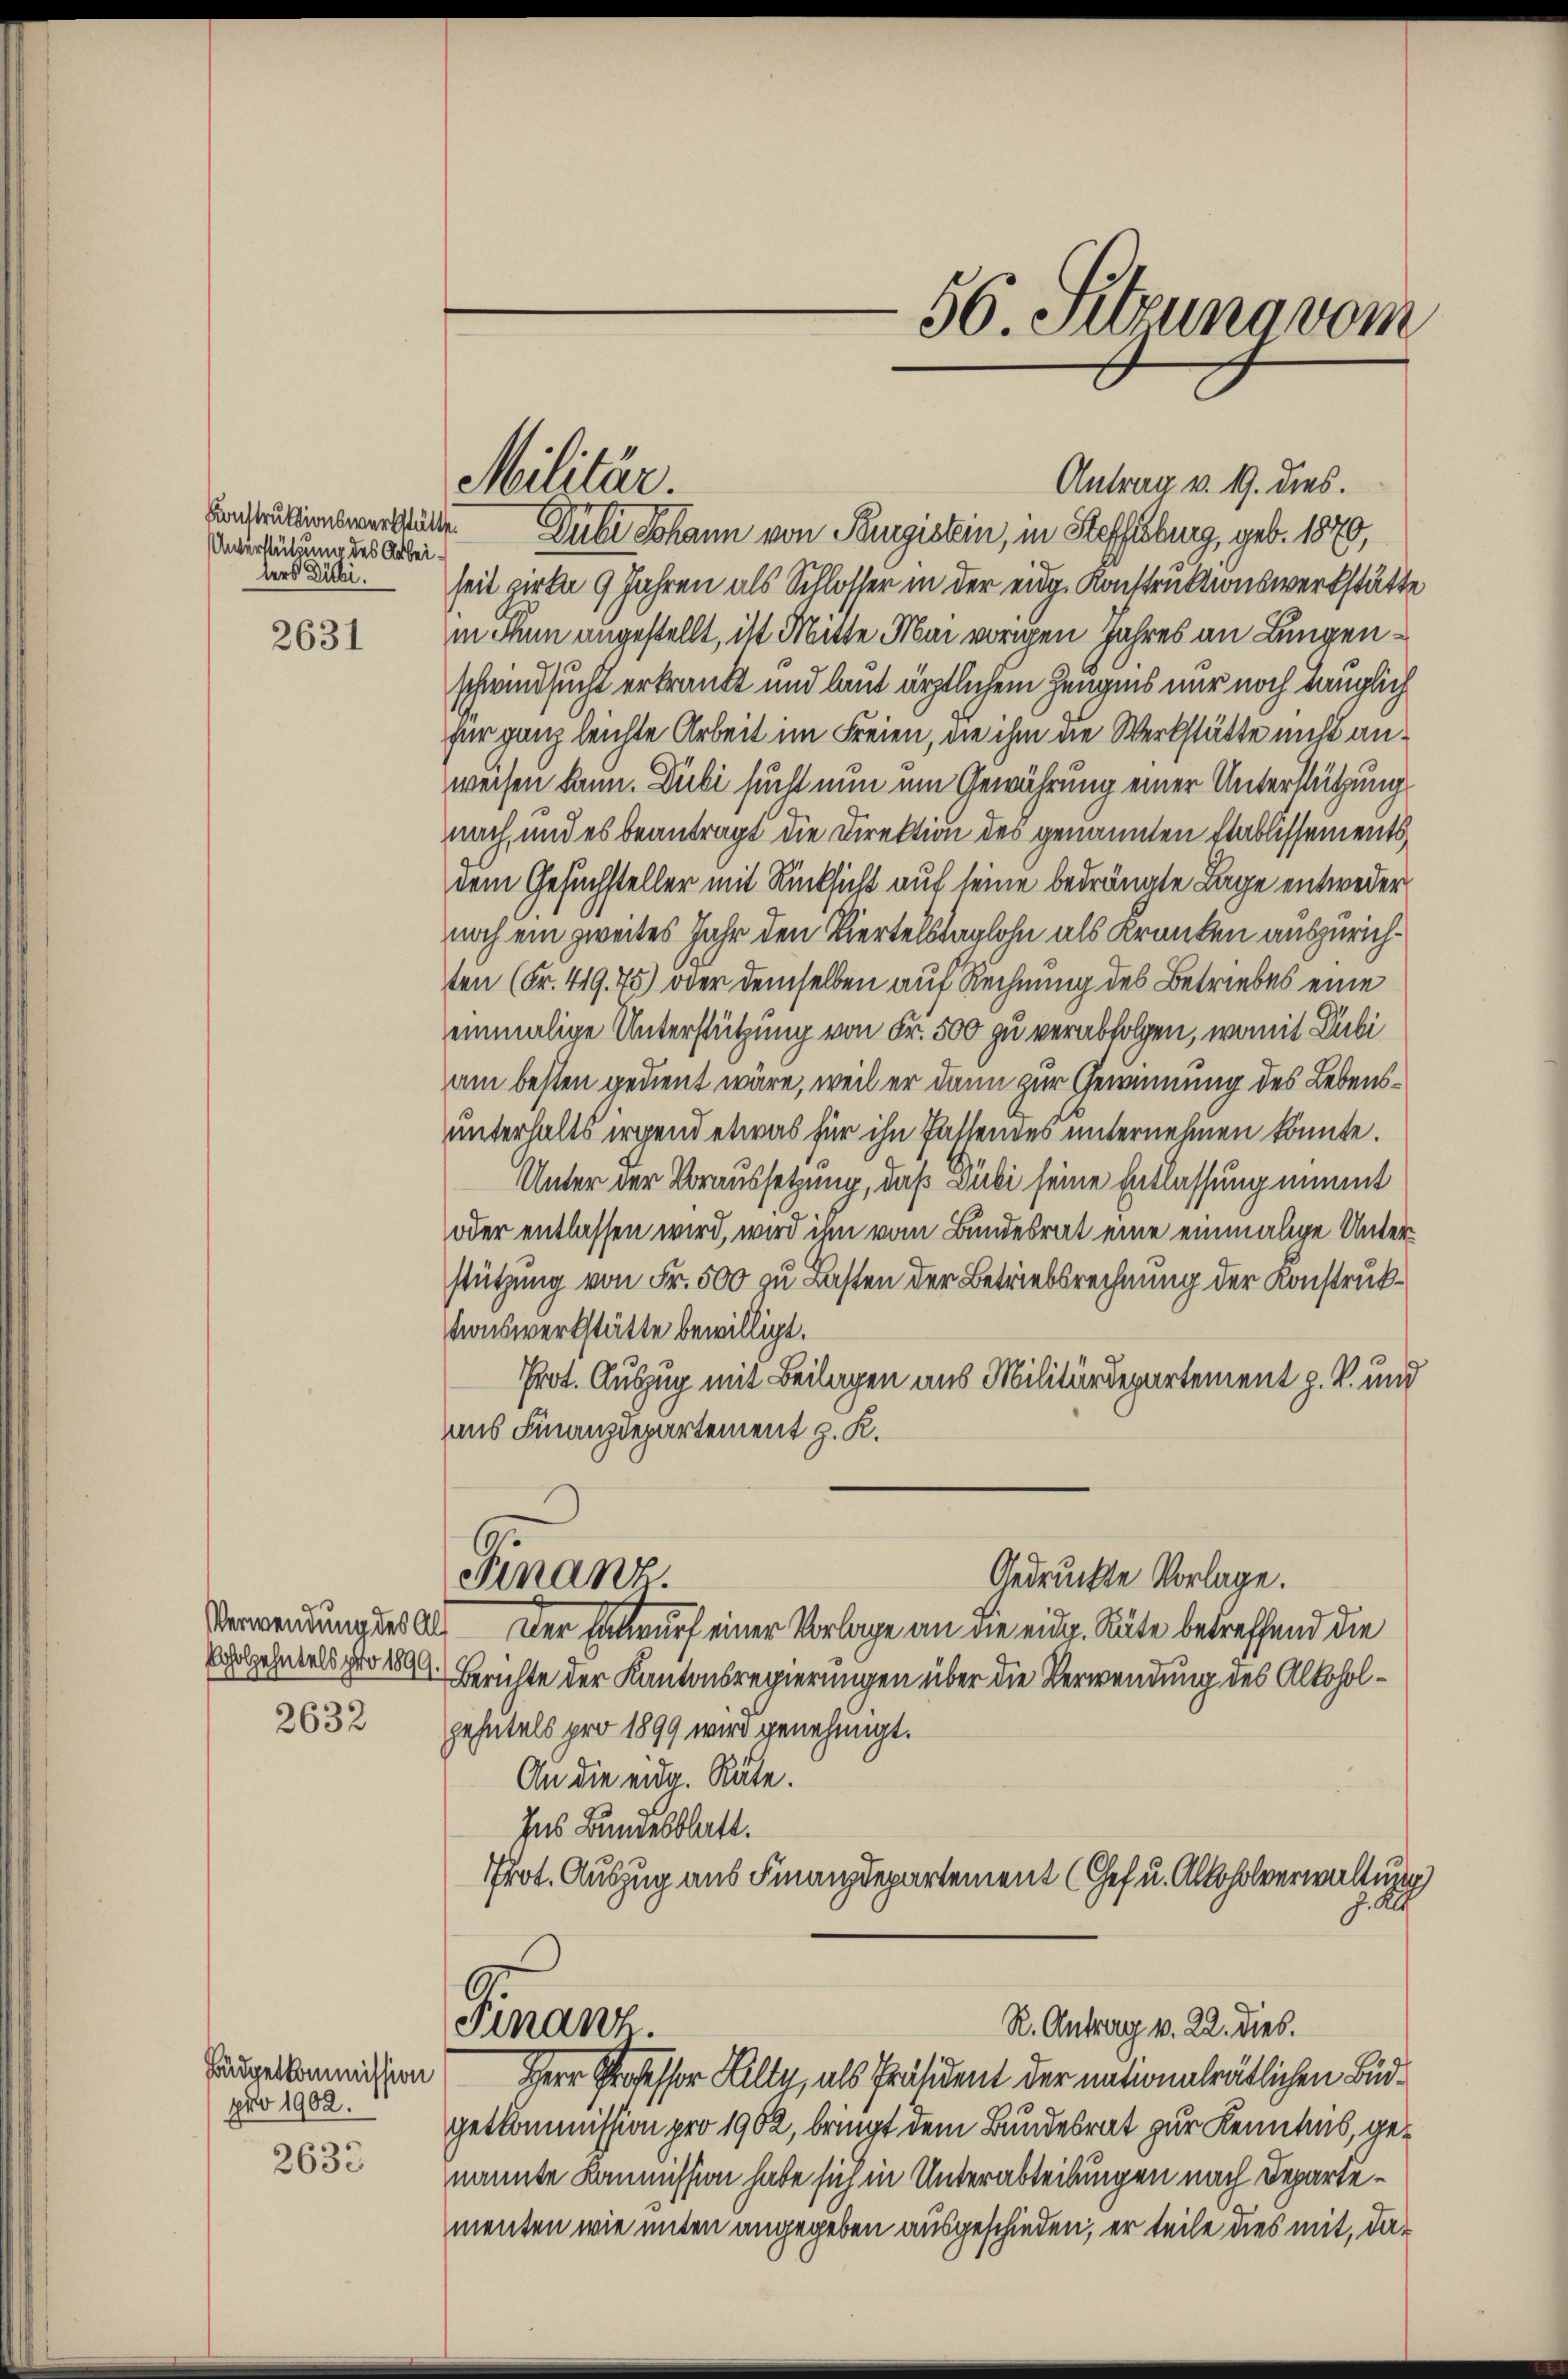
Unterstützung des Arbei¬

2631

2632

Fäudgetkommission
pro 1902.
2633

Militär.

Einstruktionswerblätte. Dubi Johann von Burgistein, in Steffisburg, geb. 1870,
as alii seit zirke 9 Jahren als Schlosser in der eidg. Konstruktionswerkstätte
in ihn angestellt, ist Mitte Mai vorigen Jahres an Lungenschwindsucht erkrankt und laut ärztlichem Zeugnis nur noch tauglich
für ganz leichte Arbeit im Freien, die ihm die Werkstätte nicht anweisen kann. Dubi sucht nun um Gewährung einer Unterstützung
nach, und es beantragt die Direktion des genannten Etablissementsdem Gesuchsteller mit Rücksicht auf seine bedrängte Lage entweder
noch ein zweites Jahr den Viertelstaglohn als Kranken auszurichten (Fr. 419. 75) oder demselben auf Rechnung des Betriebes eine
einmalige Unterstützung von Fr. 500 zu verabfolgen, womit Dubi
am besten gedient wäre, weil er dann zur Gewinnung des Lebensunterhalts irgend etwas für ihn Passendes unternehmen könnte.
Unter der Voraussetzung, daß Dubi seine Entlassung nimmt
oder entlassen wird, wird ihm vom Bundesrat eine einmalige Unterstützung von Fr. 500 zu Lasten der Betriebsrechnung der Konstruktionswerkstätte bewilligt.
Prot. Auszug mit Beilagen aus Militärdepartement p. V. und
ans Finanzdepartement z. K.
Finanz.
Gedruckte Vorlage.
Verwendung des Al. Der Entwurf einer Vorlage an die eidg. Räte betreffend die
Varlehntels per 1894. Berichte der Kantonsregierungen über die Verwendung des Alkoholgehntels pro 1899 wird genehmigt.
An die eidg. Räte.
Ins Bundesblatt.
Prot. Auszug aus Finanzdepartement (Chef u. Alkoholverwaltung
Finanz.
R. Antrag v. 22. dies.
Herr Professor Filly, als Präsident der nationalrätlichen Büdgetkommission pro 1902, bringt dem Bundesrat zur Kenntnis, genannte Kommission habe sich in Unterabteilungen nach Departementen wie unten angegeben ausgeschieden, er teile dies mit, da¬

56. Sitzung vom

Antrag v. 19. dies.